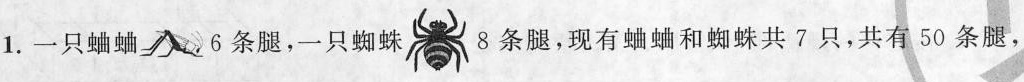
1.一只蛐蛐八6条腿，一只蜘蛛8条腿，现有蛐蛐和蜘蛛共7只，共有50条腿，